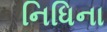
નિધિના